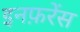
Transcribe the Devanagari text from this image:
इनफ़रेंस